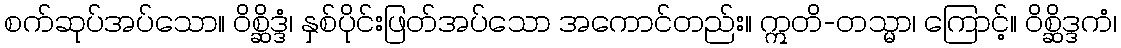
စက်ဆုပ်အပ်သော။ ဝိစ္ဆိဒ္ဒံ၊ နှစ်ပိုင်းဖြတ်အပ်သော အကောင်တည်း။ ဣတိ-တသ္မာ၊ ကြောင့်။ ဝိစ္ဆိဒ္ဒကံ၊